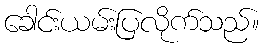
ခေါင်းယမ်းပြလိုက်သည်။